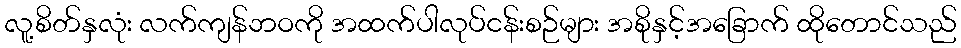
လူ့စိတ်နှလုံး လက်ကျန်ဘဝကို အထက်ပါလုပ်ငန်းစဉ်များ အစိုနှင့်အခြောက် ထိုတောင်သည်